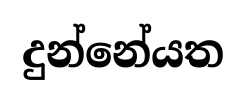
දුන්නේයත